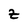
Character: Z